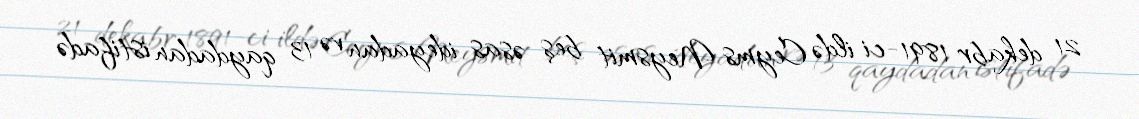
21 dekabr 1891-ci ildə Ceyms Neysmit beş əsas ideyadan və 13 qaydadan istifadə